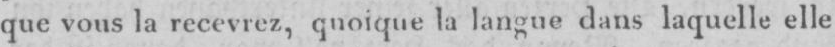
que vous la recevrez, quoique la langue dans laquelle elle